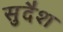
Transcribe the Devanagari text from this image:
सुदैश